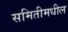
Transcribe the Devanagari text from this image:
समितीमधील